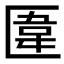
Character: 𠥎